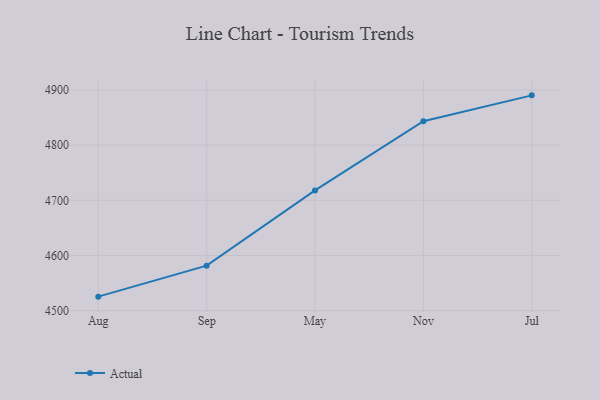
{"axis": {"x": "Month", "y": "Headcount"}, "legend": ["Actual"], "data": [{"x": "Aug", "y": 4525.5, "type": "Actual"}, {"x": "Sep", "y": 4581.6, "type": "Actual"}, {"x": "May", "y": 4717.9, "type": "Actual"}, {"x": "Nov", "y": 4843.3, "type": "Actual"}, {"x": "Jul", "y": 4890.2, "type": "Actual"}]}